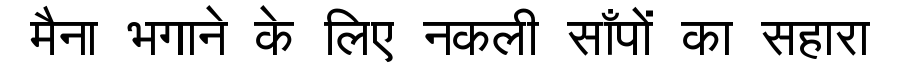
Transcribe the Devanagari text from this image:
मैना भगाने के लिए नकली साँपों का सहारा